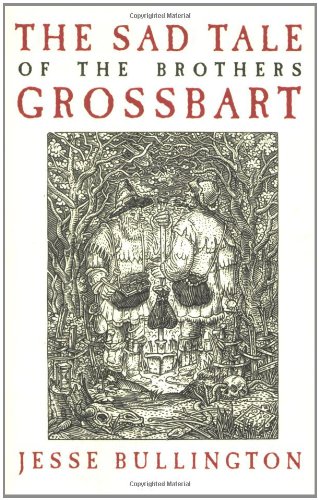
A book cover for The Sad Tale of the Brothers Grossbart; Jesse Bullington; Literature & Fiction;